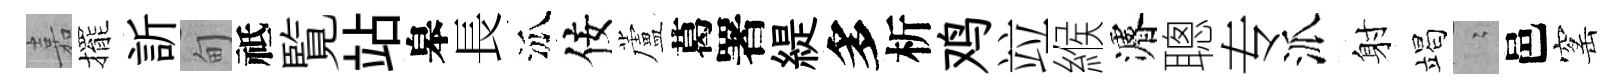
嘉擺訢甸祗覧站皋長泒佞蘆葛署緹多析鸡竝緱濬聰专派射竭隐邑窰